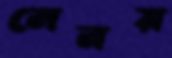
লেনয়